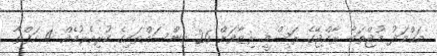
އަޙްމަދު މުޖްތަބާ ރާއްޖޭގެ ރަސްމީ ރިޒާވަށް 26 އިންސައްތައިގެ ކުރިއެރުމެއް 4 ހަފްތާ